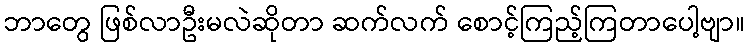
ဘာတွေ ဖြစ်လာဦးမလဲဆိုတာ ဆက်လက် စောင့်ကြည့်ကြတာပေါ့ဗျာ။